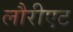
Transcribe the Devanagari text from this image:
लौरीएट